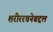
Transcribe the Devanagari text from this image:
शरीररचनेबद्दल